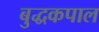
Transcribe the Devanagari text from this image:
बुद्धकपाल